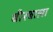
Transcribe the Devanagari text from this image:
बीरबाला